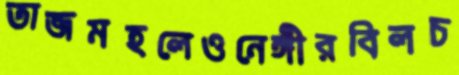
তাজমহলেওনেঙ্গীরবিলচ